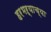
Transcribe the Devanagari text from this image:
हरभऱ्याच्या